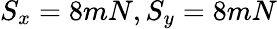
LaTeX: S_{x}=8mN,S_{y}=8mN